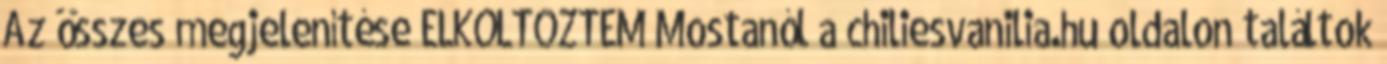
Az összes megjelenítése ELKÖLTÖZTEM Mostanól a chiliesvanilia.hu oldalon találtok